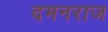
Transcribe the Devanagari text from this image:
दमनराज